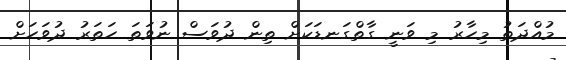
މުއްދަތު މިހާރު މި ވަނީ ގާތްގަނޑަކަށް ތިން ދުވަސް ނުވަތަ ހަތަރު ދުވަހަށް